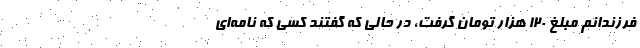
فرزندانم مبلغ ۱۲۰ هزار تومان گرفت، در حالی که گفتند کسی که نامه‌ای